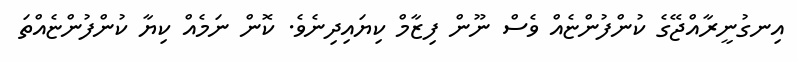
އިނގުނީރާއްޖޭގެ ކުންފުންޏެއް ވެސް ނޫން ފިޒާމް ކިޔައިދިނެވެ. ކޮން ނަމެއް ކިޔާ ކުންފުންޏެއްތަ